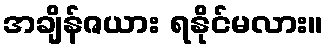
အချိန်ဇယား ရနိုင်မလား။